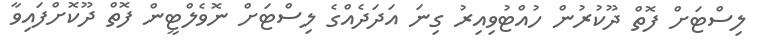
ލިސްޓަށް ފޮތް ދޫކުރުން ހުއްޓުވިއިރު ގިނަ އަދަދެއްގެ ލިސްޓަށް ނޮވެލްޓީން ފޮތް ދޫކޮށްފައިވާ